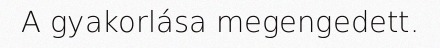
A gyakorlása megengedett.